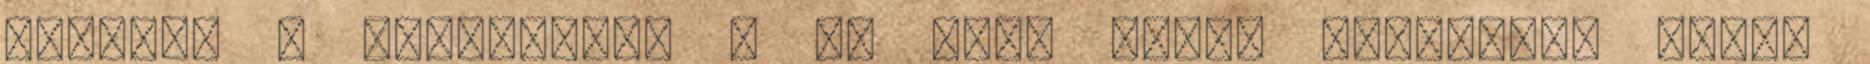
mondjuk a gyógyulást . De hogy lehet valamiért hálát